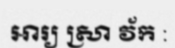
អារ្យ ស្រា វ័ក :